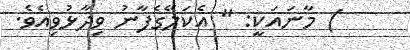
) މާނައަކީ: " އެކަލޭގެފާނު ވިދާޅުވިއެވެ.